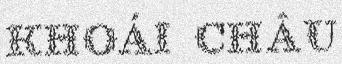
Khoái Châu